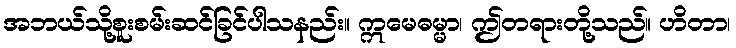
အဘယ်သို့စူးစမ်းဆင်ခြင်ပါသနည်း။ ဣမေဓမ္မာ၊ ဤတရားတို့သည်။ ဟိတာ၊